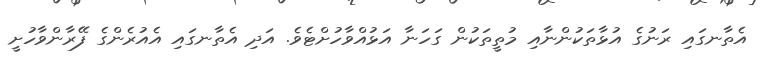
އެތާނގައި ރަނުގެ އުޅާތަކުންނާއި މުތީތަކުން ގަހަނާ އަޅުއްވާހުށްޓެވެ. އަދި އެތާނގައި އެއުރެންގެ ފޭރާންވާހުށީ